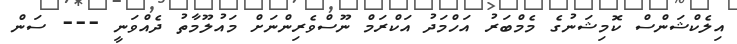
އިލެކްޝަންސް ކޮމިޝަނުގެ މެމްބަރު އަހްމަދު އަކްރަމް ނޫސްވެރިންނަށް މައުލޫމާތު ދެއްވަނީ --- ސަން